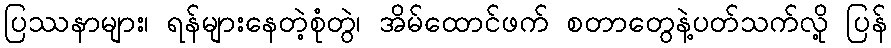
ပြဿနာများ၊ ရန်များနေတဲ့စုံတွဲ၊ အိမ်ထောင်ဖက် စတာတွေနဲ့ပတ်သက်လို့ ပြန်